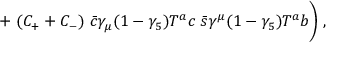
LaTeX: { \quad \quad \quad \quad \quad \quad \quad \; + \; ( C _ { + } + C _ { - } ) \; { \bar { c } } \gamma _ { \mu } ( 1 - \gamma _ { 5 } ) T ^ { a } c \; { \bar { s } } \gamma ^ { \mu } ( 1 - \gamma _ { 5 } ) T ^ { a } b \Bigg ) \; , }